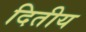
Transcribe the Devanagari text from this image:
दितीय